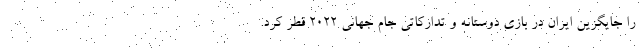
را جایگزین ایران در بازی دوستانه و تدارکاتی جام جهانی 2022 قطر کرد.